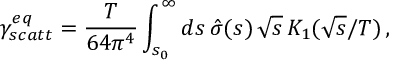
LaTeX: \gamma _ { s c a t t } ^ { e q } = \frac { T } { 6 4 \pi ^ { 4 } } \int _ { s _ { 0 } } ^ { \infty } d s \, \hat { \sigma } ( s ) \, \sqrt { s } \, K _ { 1 } ( \sqrt { s } / T ) \, ,